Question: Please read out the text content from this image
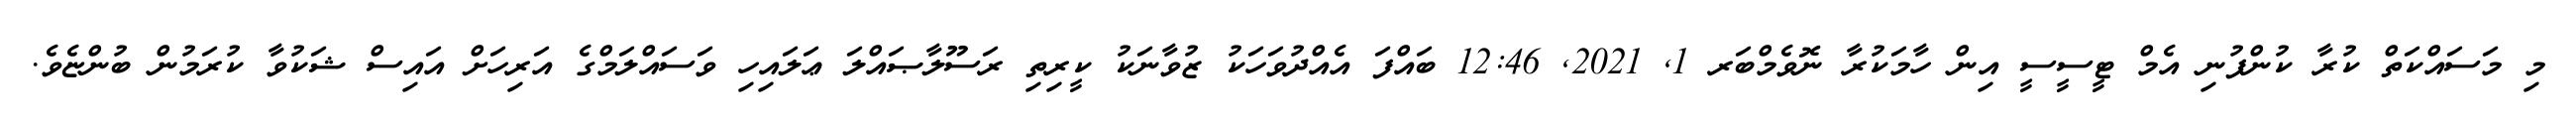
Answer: މި މަސައްކަތް ކުރާ ކުންފުނި އެމް ޓީސީސީ އިން ހާމަކުރާ ނޮވެމްބަރ 1, 2021, 12:46 ބައްފަ އެއްދުވަހަކު ޒުވާނަކު ކީރިތި ރަސޫލާޞައްލަ ޢަލައިހި ވަސައްލަމްގެ އަރިހަށް އައިސް ޝަކުވާ ކުރަމުން ބުންޏެވެ.